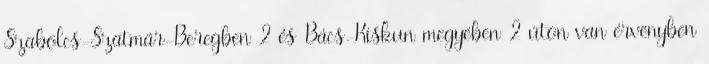
Szabolcs-Szatmár-Beregben 2 és Bács-Kiskun megyében 2 úton van érvényben